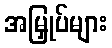
အမြှုပ်များ